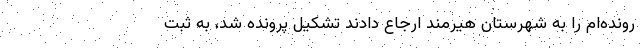
رونده‌ام را به شهرستان هیرمند ارجاع دادند تشکیل پرونده شد، به ثبت